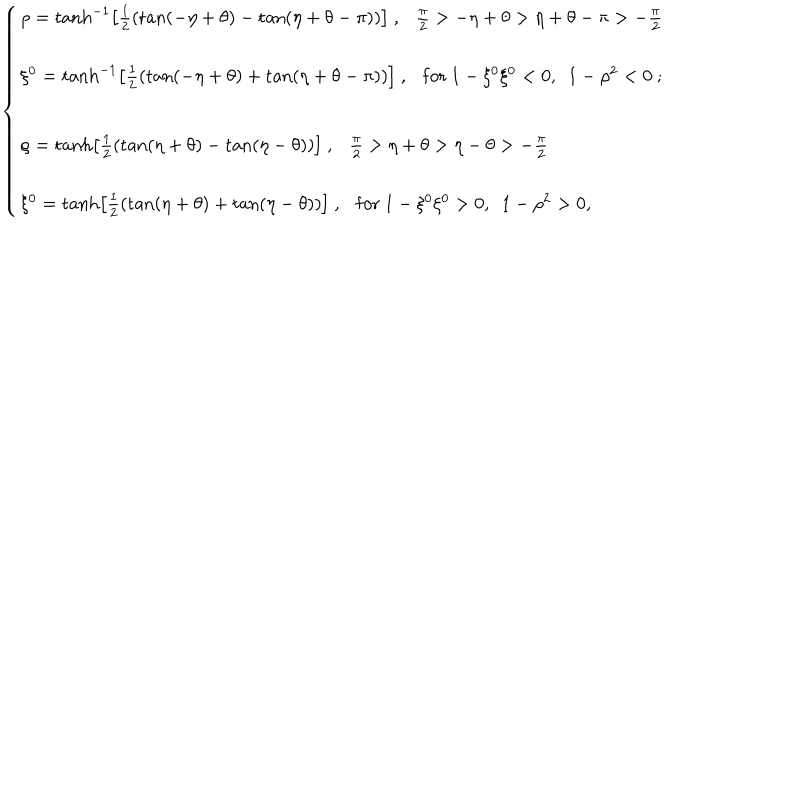
LaTeX: \left\{ \begin{array} { l } { { \rho = \tanh ^ { - 1 } \left[ \frac { 1 } { 2 } \left( \tan ( - \eta + \theta ) - \tan ( \eta + \theta - \pi ) \right) \right] ~ , \frac { \pi } { 2 } > - \eta + \theta > \eta + \theta - \pi > - \frac { \pi } { 2 } } } \\ { { \xi ^ { 0 } = \tanh ^ { - 1 } \left[ \frac { 1 } { 2 } \left( \tan ( - \eta + \theta ) + \tan ( \eta + \theta - \pi ) \right) \right] ~ , \mathrm { f o r } ~ 1 - \xi ^ { 0 } \xi ^ { 0 } < 0 , ~ ~ 1 - \rho ^ { 2 } < 0 ~ ; } } \\ { { \rho = \tanh \left[ \frac { 1 } { 2 } \left( \tan ( \eta + \theta ) - \tan ( \eta - \theta ) \right) \right] ~ , \frac { \pi } { 2 } > \eta + \theta > \eta - \theta > - \frac { \pi } { 2 } } } \\ { { \xi ^ { 0 } = \tanh \left[ \frac { 1 } { 2 } \left( \tan ( \eta + \theta ) + \tan ( \eta - \theta ) \right) \right] ~ , \mathrm { f o r } ~ 1 - \xi ^ { 0 } \xi ^ { 0 } > 0 , ~ ~ 1 - \rho ^ { 2 } > 0 , } } \\ \end{array} \right.